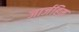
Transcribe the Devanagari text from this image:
जार्जहिम